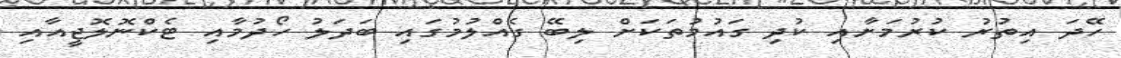
ހޭދަ އިތުރު ކުރުމަށާއި ކުދި ގައުމުތަކަށް ލިބޭ ގެއްލުމުގައި ބަދަލު ހޯދުމާއި ޓެކްނޮލޮޖީއާއި